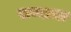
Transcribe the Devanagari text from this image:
खव्याचा